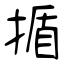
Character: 揗